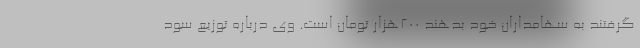
گرفتند به سهامداران خود بدهند ٢٠٠هزار تومان است. وی درباره توزیع سود